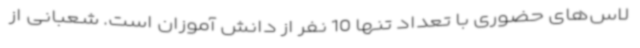
لاس‌های حضوری با تعداد تنها 10 نفر از دانش آموزان است. شعبانی از